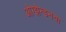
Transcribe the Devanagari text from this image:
ओग्झेन्डनचा